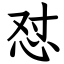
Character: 怼